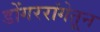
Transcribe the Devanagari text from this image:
डोंगररांगेतून